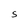
Character: s